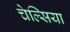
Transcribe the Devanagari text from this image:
चेल्‍िसया